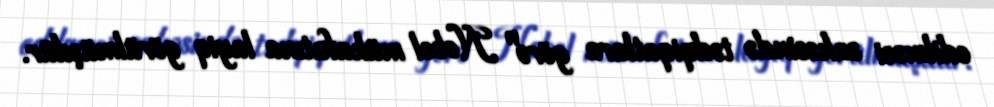
edilməsi sahəsində tədqiqatlara görə" Nobel mükafatına layiq görülmüşdür.